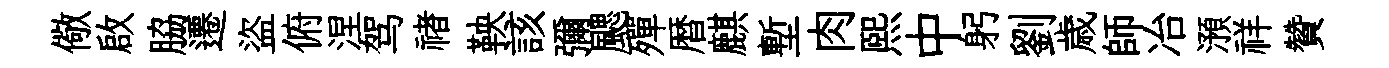
儆啟脇遷盜俯涅驾禇鞅該彌颸殫暦麒塹肉熙中躬劉歳師冶澦祥贊